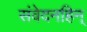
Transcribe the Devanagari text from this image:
संवेदनहिन्